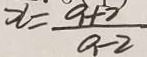
x = \frac { 9 + 2 } { 9 - 2 }